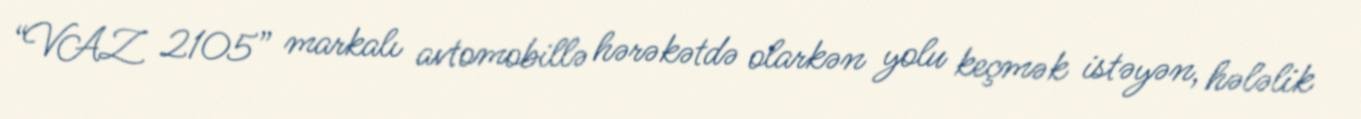
“VAZ 2105” markalı avtomobillə hərəkətdə olarkən yolu keçmək istəyən, hələlik